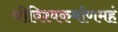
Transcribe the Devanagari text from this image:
श्रीविश्वकर्माणमहं